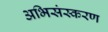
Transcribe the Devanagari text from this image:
अभिसंस्करण